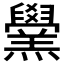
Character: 𦏗